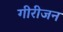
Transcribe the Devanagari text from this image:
गीरीजन